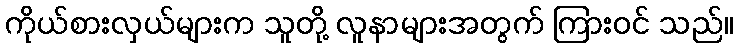
ကိုယ်စားလှယ်များက သူတို့ လူနာများအတွက် ကြားဝင် သည်။